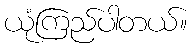
ယုံကြည်ပါတယ်။